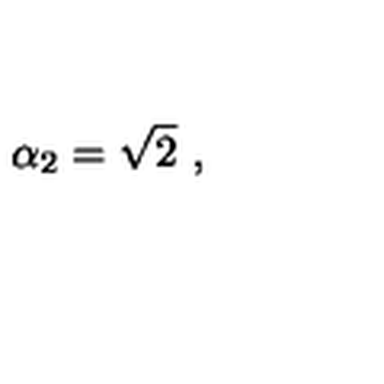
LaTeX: \alpha _ { 2 } = \sqrt { 2 } \ ,